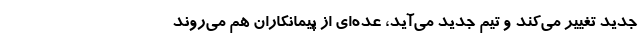
جدید تغییر می‌کند و تیم جدید می‌آید، عده‌ای از پیمانکاران هم می‌روند